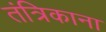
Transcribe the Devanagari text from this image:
तंत्रिकाना